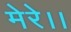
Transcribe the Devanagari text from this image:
मेरे।।